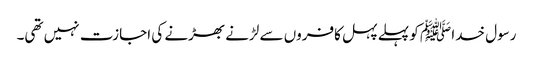
رسول خدا ﷺ کو پہلے پہل کافروں سے لڑنے بھڑنے کی اجازت نہیں تھی۔